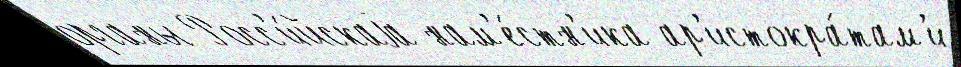
органы Росс'и́йскаjа нам'е́стн'ика ар'истокра́там'и